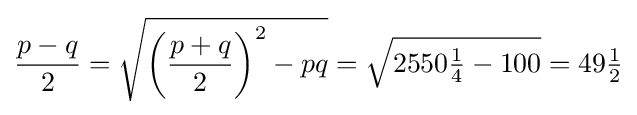
{\frac {p-q}{2}}={\sqrt {\left({\frac {p+q}{2}}\right)^{2}-pq}}={\sqrt {2550{\tfrac {1}{4}}-100}}=49{\tfrac {1}{2}}